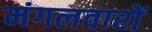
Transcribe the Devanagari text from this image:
मंगलवारों